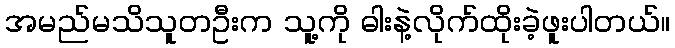
အမည်မသိသူတဦးက သူ့ကို ဓါးနဲ့လိုက်ထိုးခဲ့ဖူးပါတယ်။